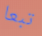
تبعا